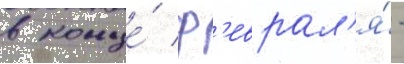
в конце́ ф'еврал'я́ -